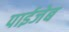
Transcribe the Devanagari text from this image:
पाईजेब